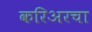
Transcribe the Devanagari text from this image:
करिअरचा